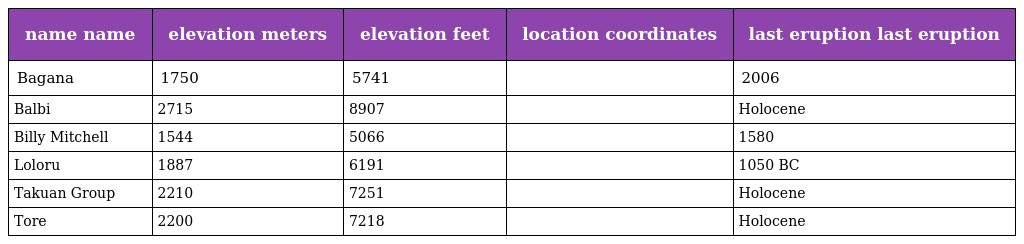
| name name | elevation meters | elevation feet | location coordinates | last eruption last eruption |
 | --- | --- | --- | --- | --- |
 | Bagana | 1750 | 5741 |  | 2006 |
 | Balbi | 2715 | 8907 |  | Holocene |
 | Billy Mitchell | 1544 | 5066 |  | 1580 |
 | Loloru | 1887 | 6191 |  | 1050 BC |
 | Takuan Group | 2210 | 7251 |  | Holocene |
 | Tore | 2200 | 7218 |  | Holocene |